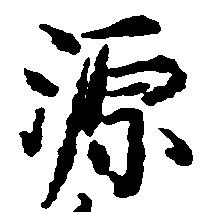
源